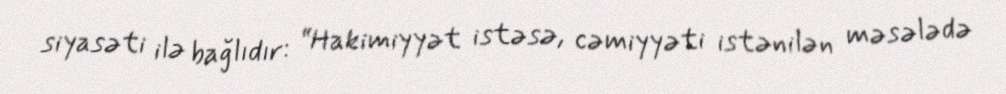
siyasəti ilə bağlıdır: “Hakimiyyət istəsə, cəmiyyəti istənilən məsələdə